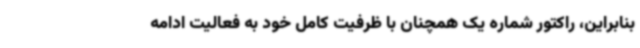
بنابراین، راکتور شماره یک همچنان با ظرفیت کامل خود به فعالیت ادامه